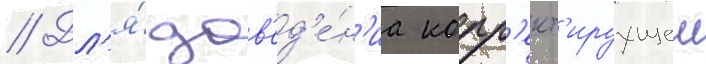
// Дл'я́ дов'ед'е́н'иа корр'ект'ируущеи